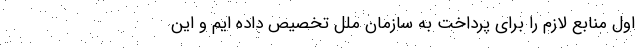
اول منابع لازم را برای پرداخت به سازمان ملل تخصیص داده ایم و این